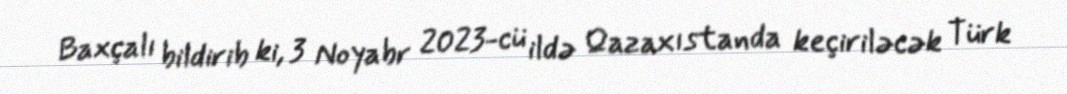
Baxçalı bildirib ki, 3 Noyabr 2023-cü ildə Qazaxıstanda keçiriləcək Türk